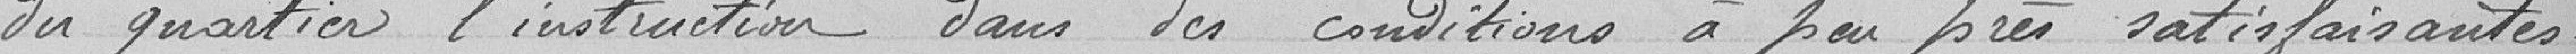
du quartier l'instruction dans des conditions à peu près satisfaisantes.